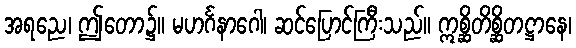
အရညေ၊ ဤတော၌။ မဟင်္ဂနာဂေါ၊ ဆင်ပြောင်ကြီးသည်။ ဣစ္ဆိတိစ္ဆိတဋ္ဌာနေ၊